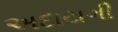
અદાયગી